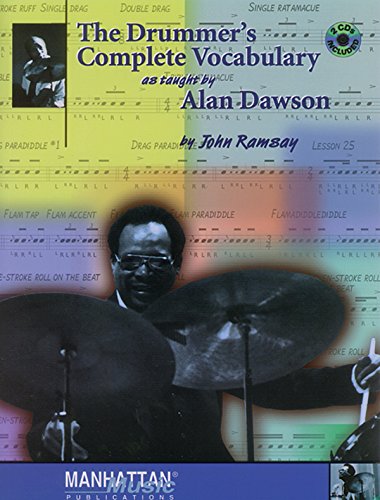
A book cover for The Drummer's Complete Vocabulary As Taught by Alan Dawson; John Ramsay; Arts & Photography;